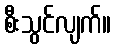
စီးသွင်လျက်။